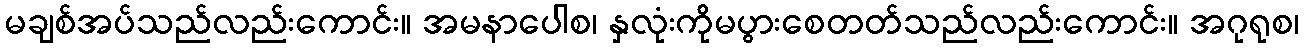
မချစ်အပ်သည်လည်းကောင်း။ အမနာပေါစ၊ နှလုံးကိုမပွားစေတတ်သည်လည်းကောင်း။ အဂုရုစ၊